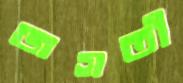
জগতী